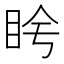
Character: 𬑌